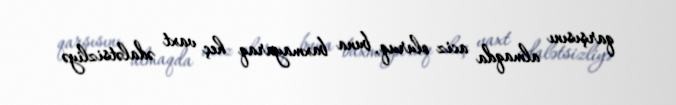
qarşısını almaqda aciz oluruq, buna baxmayaraq heç vaxt ədalətsizliyə